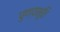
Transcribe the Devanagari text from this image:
पुण्यभूति